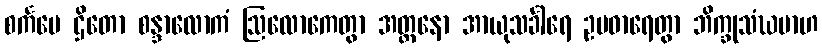
စင်္ကမေ ဌိတော စန္ဒာလောကံ ဩလောကေတွာ အတ္တနော အာယုသင်္ခါရေ ဥပဓာရေတွာ ဘိက္ခုသံဃမာဟ